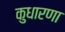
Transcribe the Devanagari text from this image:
कुधारणा